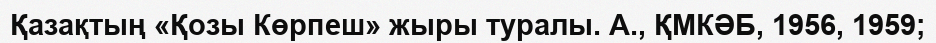
Қазақтың «Қозы Көрпеш» жыры туралы. А., ҚМКӘБ, 1956, 1959;